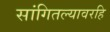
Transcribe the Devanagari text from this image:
सांगितल्यावरहि